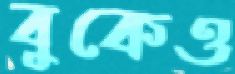
বুকেও